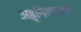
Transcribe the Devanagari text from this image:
अहुनिक्तावाद